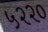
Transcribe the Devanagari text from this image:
५२२०